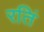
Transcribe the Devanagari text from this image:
रतिं